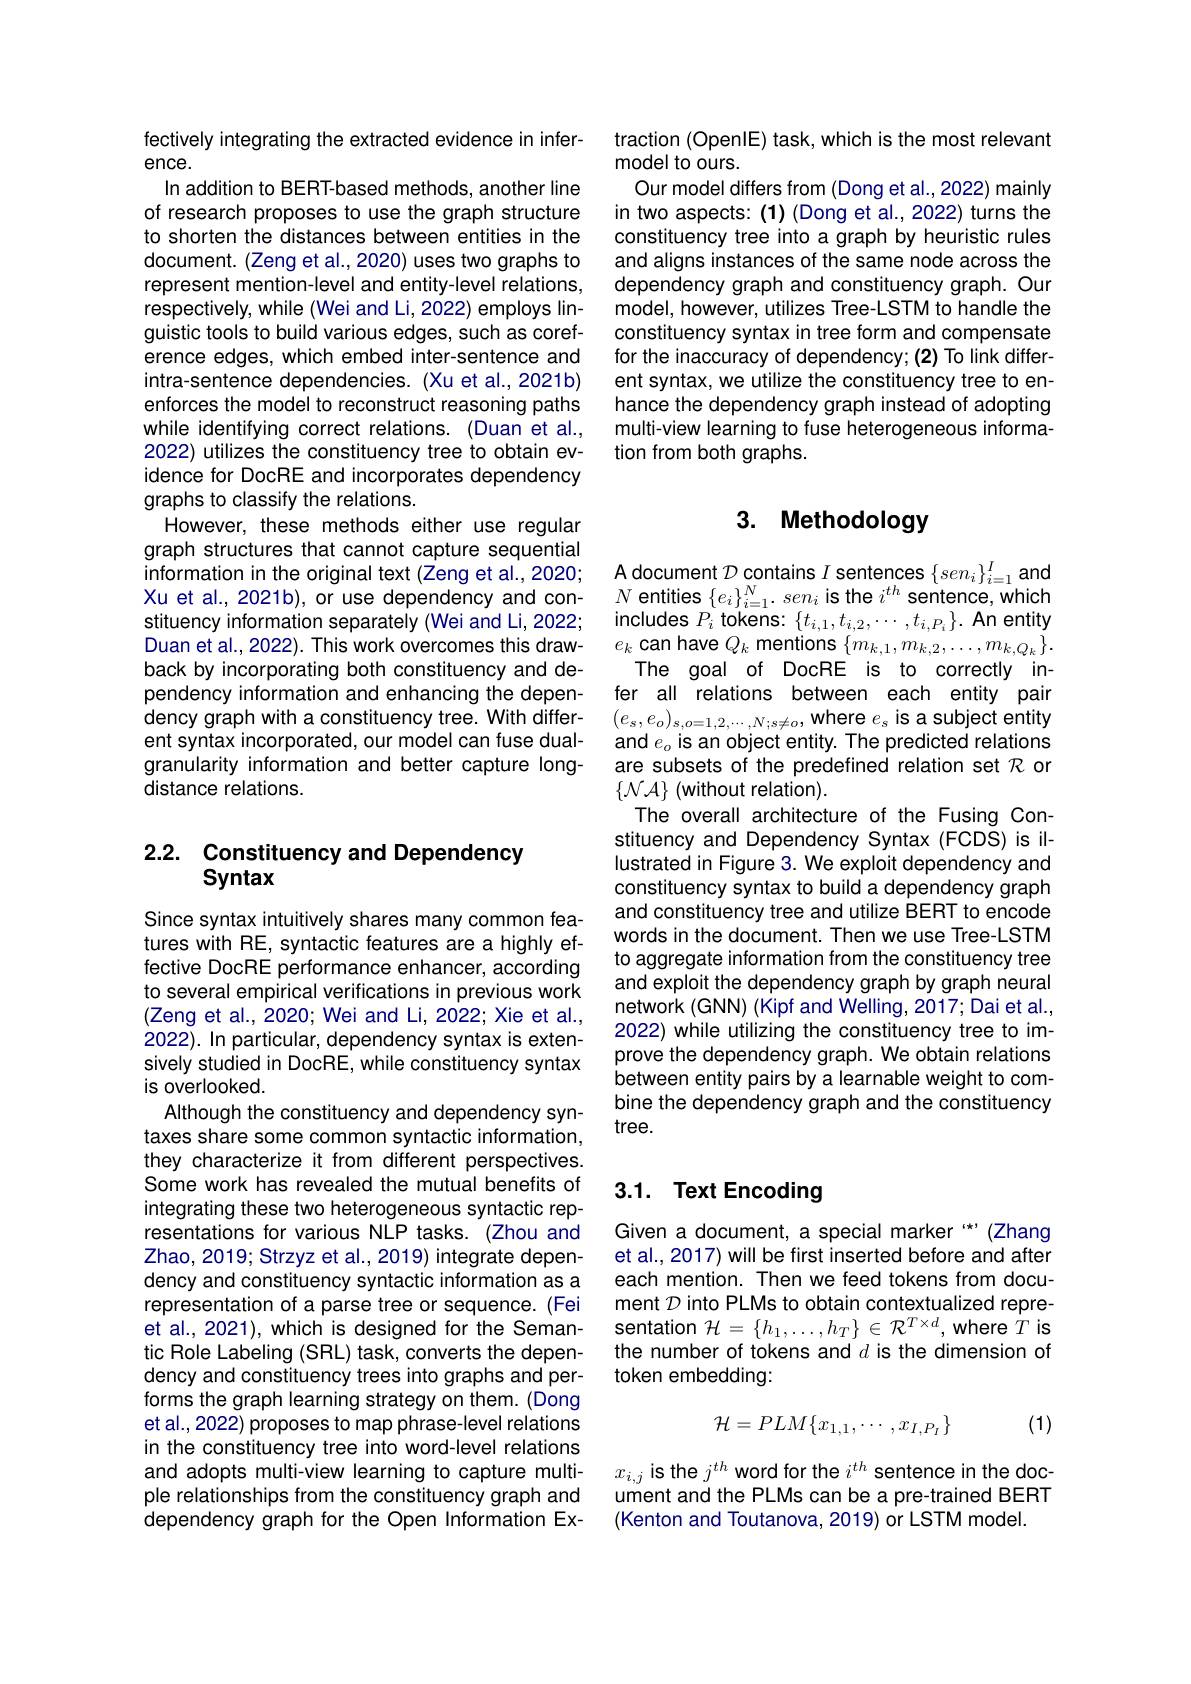
fectively integrating the extracted evidence in infer-
ence.
In addition to BERT-based methods, another line of research proposes to use the graph structure to shorten the distances between entities in the document. (Zeng et al., 2020) uses two graphs to represent mention-level and entity-level relations, respectively, while (Wei and Li, 2022) employs linguistic tools to build various edges, such as coreference edges, which embed inter-sentence and intra-sentence dependencies. (Xu et al., 2021b) enforces the model to reconstruct reasoning paths while identifying correct relations. (Duan et al., 2022) utilizes the constituency tree to obtain evidence for DocRE and incorporates dependency graphs to classify the relations.
However, these methods either use regular graph structures that cannot capture sequential information in the original text (Zeng et al.,2020; Xu et al., 2021b), or use dependency and constituency information separately (Wei and Li, 2022; Duan et al., 2022). This work overcomes this drawback by incorporating both constituency and dependency information and enhancing the dependency graph with a constituency tree. With different syntax incorporated, our model can fuse dualgranularity information and better capture longdistance relations.

## 2.2. Constituency and Dependency Syntax

Since syntax intuitively shares many common features with RE, syntactic features are a highly effective DocRE performance enhancer, according to several empirical verifications in previous work (Zeng et al., 2020; Wei and Li, 2022; Xie et al., 2022). In particular, dependency syntax is extensively studied in DocRE, while constituency syntax is overlooked.
Although the constituency and dependency syntaxes share some common syntactic information, they characterize it from different perspectives. Some work has revealed the mutual benefits of integrating these two heterogeneous syntactic representations for various NLP tasks. (Zhou and Zhao, 2019; Strzyz et al., 2019) integrate dependency and constituency syntactic information as a representation of a parse tree or sequence. (Fei et al., 2021), which is designed for the Semantic Role Labeling (SRL) task, converts the dependency and constituency trees into graphs and performs the graph learning strategy on them. (Dong et al., 2022) proposes to map phrase-level relations in the constituency tree into word-level relations and adopts multi-view learning to capture multiple relationships from the constituency graph and dependency graph for the Open Information Ex-

traction (OpenIE) task, which is the most relevant
model to ours.
Our model differs from (Dong et al.,2022) mainly in two aspects: (1) (Dong et al., 2022) turns the constituency tree into a graph by heuristic rules and aligns instances of the same node across the dependency graph and constituency graph. Our model, however, utilizes Tree-LSTM to handle the constituency syntax in tree form and compensate for the inaccuracy of dependency; (2) To link different syntax, we utilize the constituency tree to enhance the dependency graph instead of adopting multi-view learning to fuse heterogeneous information from both graphs.

# 3. Methodology

A document $\mathcal{D}$ contains $I$ sentences $\{sen_i\}_{i=1}^I$ and $N$ entities $\{ e_i\} _i= 1^N. \textit{sen}_i\textbf{is the }i^{th}$ sentence, which includes $P_i$ tokens: $\{t_i,1,t_{i,2},\cdots,t_{i,P_i}\}.$ An entity $e_{k}$can have $Q_k$ mentions $\{m_k,1,m_{k,2},\ldots,m_{k,Q_k}\}.$
The goal of DocRE is to correctly infer all relations between each entity pair $(e_{s},e_{o})_{s,o=1,2,\cdots,N;s\neq o}$,where $e_s$ is a subject entity and $e_o$ is an object entity. The predicted relations are subsets of the predefined relation set $\mathcal{R}$ or $\{\mathcal{N}\mathcal{A}\}$ (without relation).
The overall architecture of the Fusing Constituency and Dependency Syntax (FCDS) is illustrated in Figure 3. We exploit dependency and constituency syntax to build a dependency graph and constituency tree and utilize BERT to encode words in the document. Then we use Tree-LSTM to aggregate information from the constituency tree and exploit the dependency graph by graph neural network (GNN) (Kipf and Welling, 2017; Dai et al., 2022) while utilizing the constituency tree to improve the dependency graph. We obtain relations between entity pairs by a learnable weight to combine the dependency graph and the constituency tree.

## 3.1. Text Encoding

Given a document, a special marker “*”(Zhang et al., 2017) will be first inserted before and after each mention. Then we feed tokens from document $\mathcal{D}$ into PLMs to obtain contextualized representation $\mathcal{H}=\{h_1,\ldots,h_T\}\in\mathcal{R}^{T\times d}$,where $T$ is the number of tokens and $d$ is the dimension of token embedding:

(1)
$$\mathcal{H}=PLM\{x_{1,1},\cdots,x_{I,P_I}\}$$
$x_{i,j}$ is the $j^th$ word for the $i^th$ sentence in the document and the PLMs can be a pre-trained BERT (Kenton and Toutanova, 2019) or LSTM model.